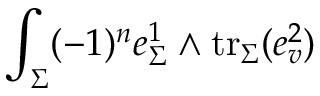
\int _ { \Sigma } ( - 1 ) ^ { n } e _ { \Sigma } ^ { 1 } \wedge \mathrm { t r } _ { \Sigma } ( e _ { v } ^ { 2 } )